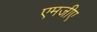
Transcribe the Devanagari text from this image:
एमजीए